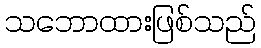
သဘောထားဖြစ်သည်